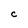
Character: C